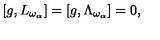
[ g , L _ { \omega _ { \alpha } } ] = [ g , \Lambda _ { \omega _ { \alpha } } ] = 0 ,